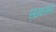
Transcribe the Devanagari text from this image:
सामावतो